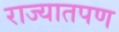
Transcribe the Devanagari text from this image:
राज्यातपण